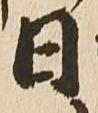
日